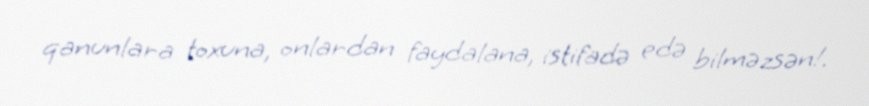
qanunlara toxuna, onlardan faydalana, istifadə edə bilməzsən!.